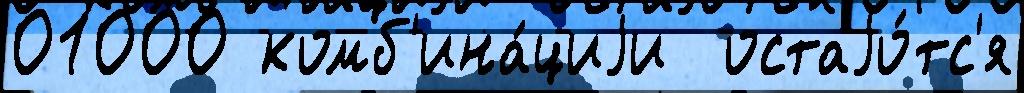
01000 комб'ина́циjи  остаjо́тс'я